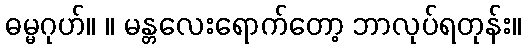
ဓမ္မဂုဟ်။ ။ မန္တလေးရောက်တော့ ဘာလုပ်ရတုန်း။